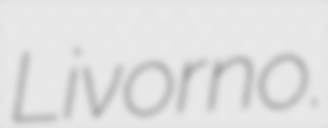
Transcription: Livorno.